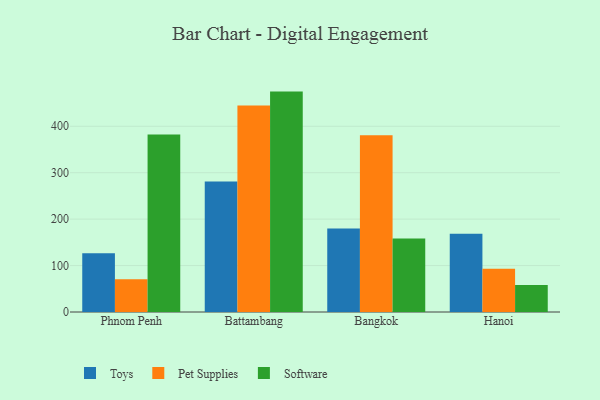
{"axis": {"x": "City", "y": "Tickets Resolved"}, "legend": ["Pet Supplies", "Software", "Toys"], "data": [{"x": "Phnom Penh", "y": 126.5, "type": "Toys"}, {"x": "Phnom Penh", "y": 70.8, "type": "Pet Supplies"}, {"x": "Phnom Penh", "y": 382.3, "type": "Software"}, {"x": "Battambang", "y": 281.1, "type": "Toys"}, {"x": "Battambang", "y": 444.6, "type": "Pet Supplies"}, {"x": "Battambang", "y": 474.7, "type": "Software"}, {"x": "Bangkok", "y": 180.0, "type": "Toys"}, {"x": "Bangkok", "y": 380.6, "type": "Pet Supplies"}, {"x": "Bangkok", "y": 158.3, "type": "Software"}, {"x": "Hanoi", "y": 168.8, "type": "Toys"}, {"x": "Hanoi", "y": 93.3, "type": "Pet Supplies"}, {"x": "Hanoi", "y": 58.3, "type": "Software"}]}